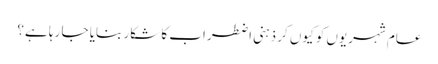
عام شہریوں کو کیوں کر ذہنی اضطراب کا شکار بنایا جا رہا ہے؟